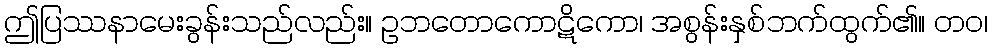
ဤပြဿနာမေးခွန်းသည်လည်း။ ဥဘတောကောဋိကော၊ အစွန်းနှစ်ဘက်ထွက်၏။ တဝ၊